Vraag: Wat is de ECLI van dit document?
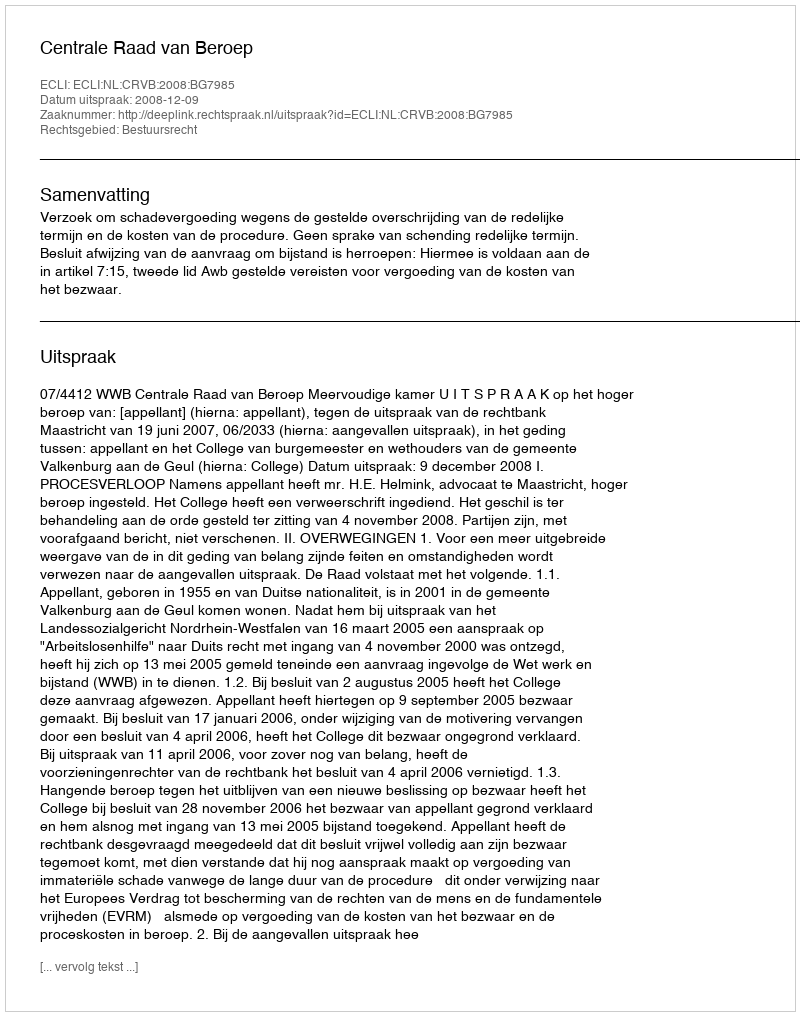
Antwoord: ECLI:NL:CRVB:2008:BG7985